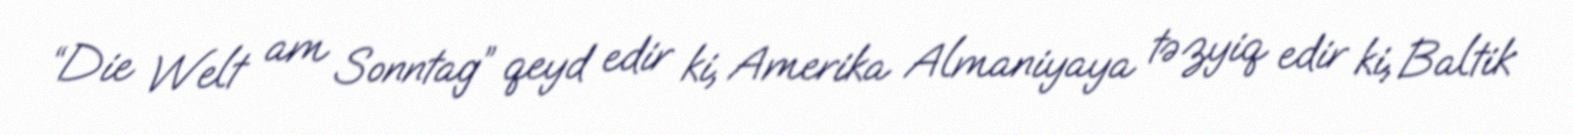
“Die Welt am Sonntag” qeyd edir ki, Amerika Almaniyaya təzyiq edir ki, Baltik